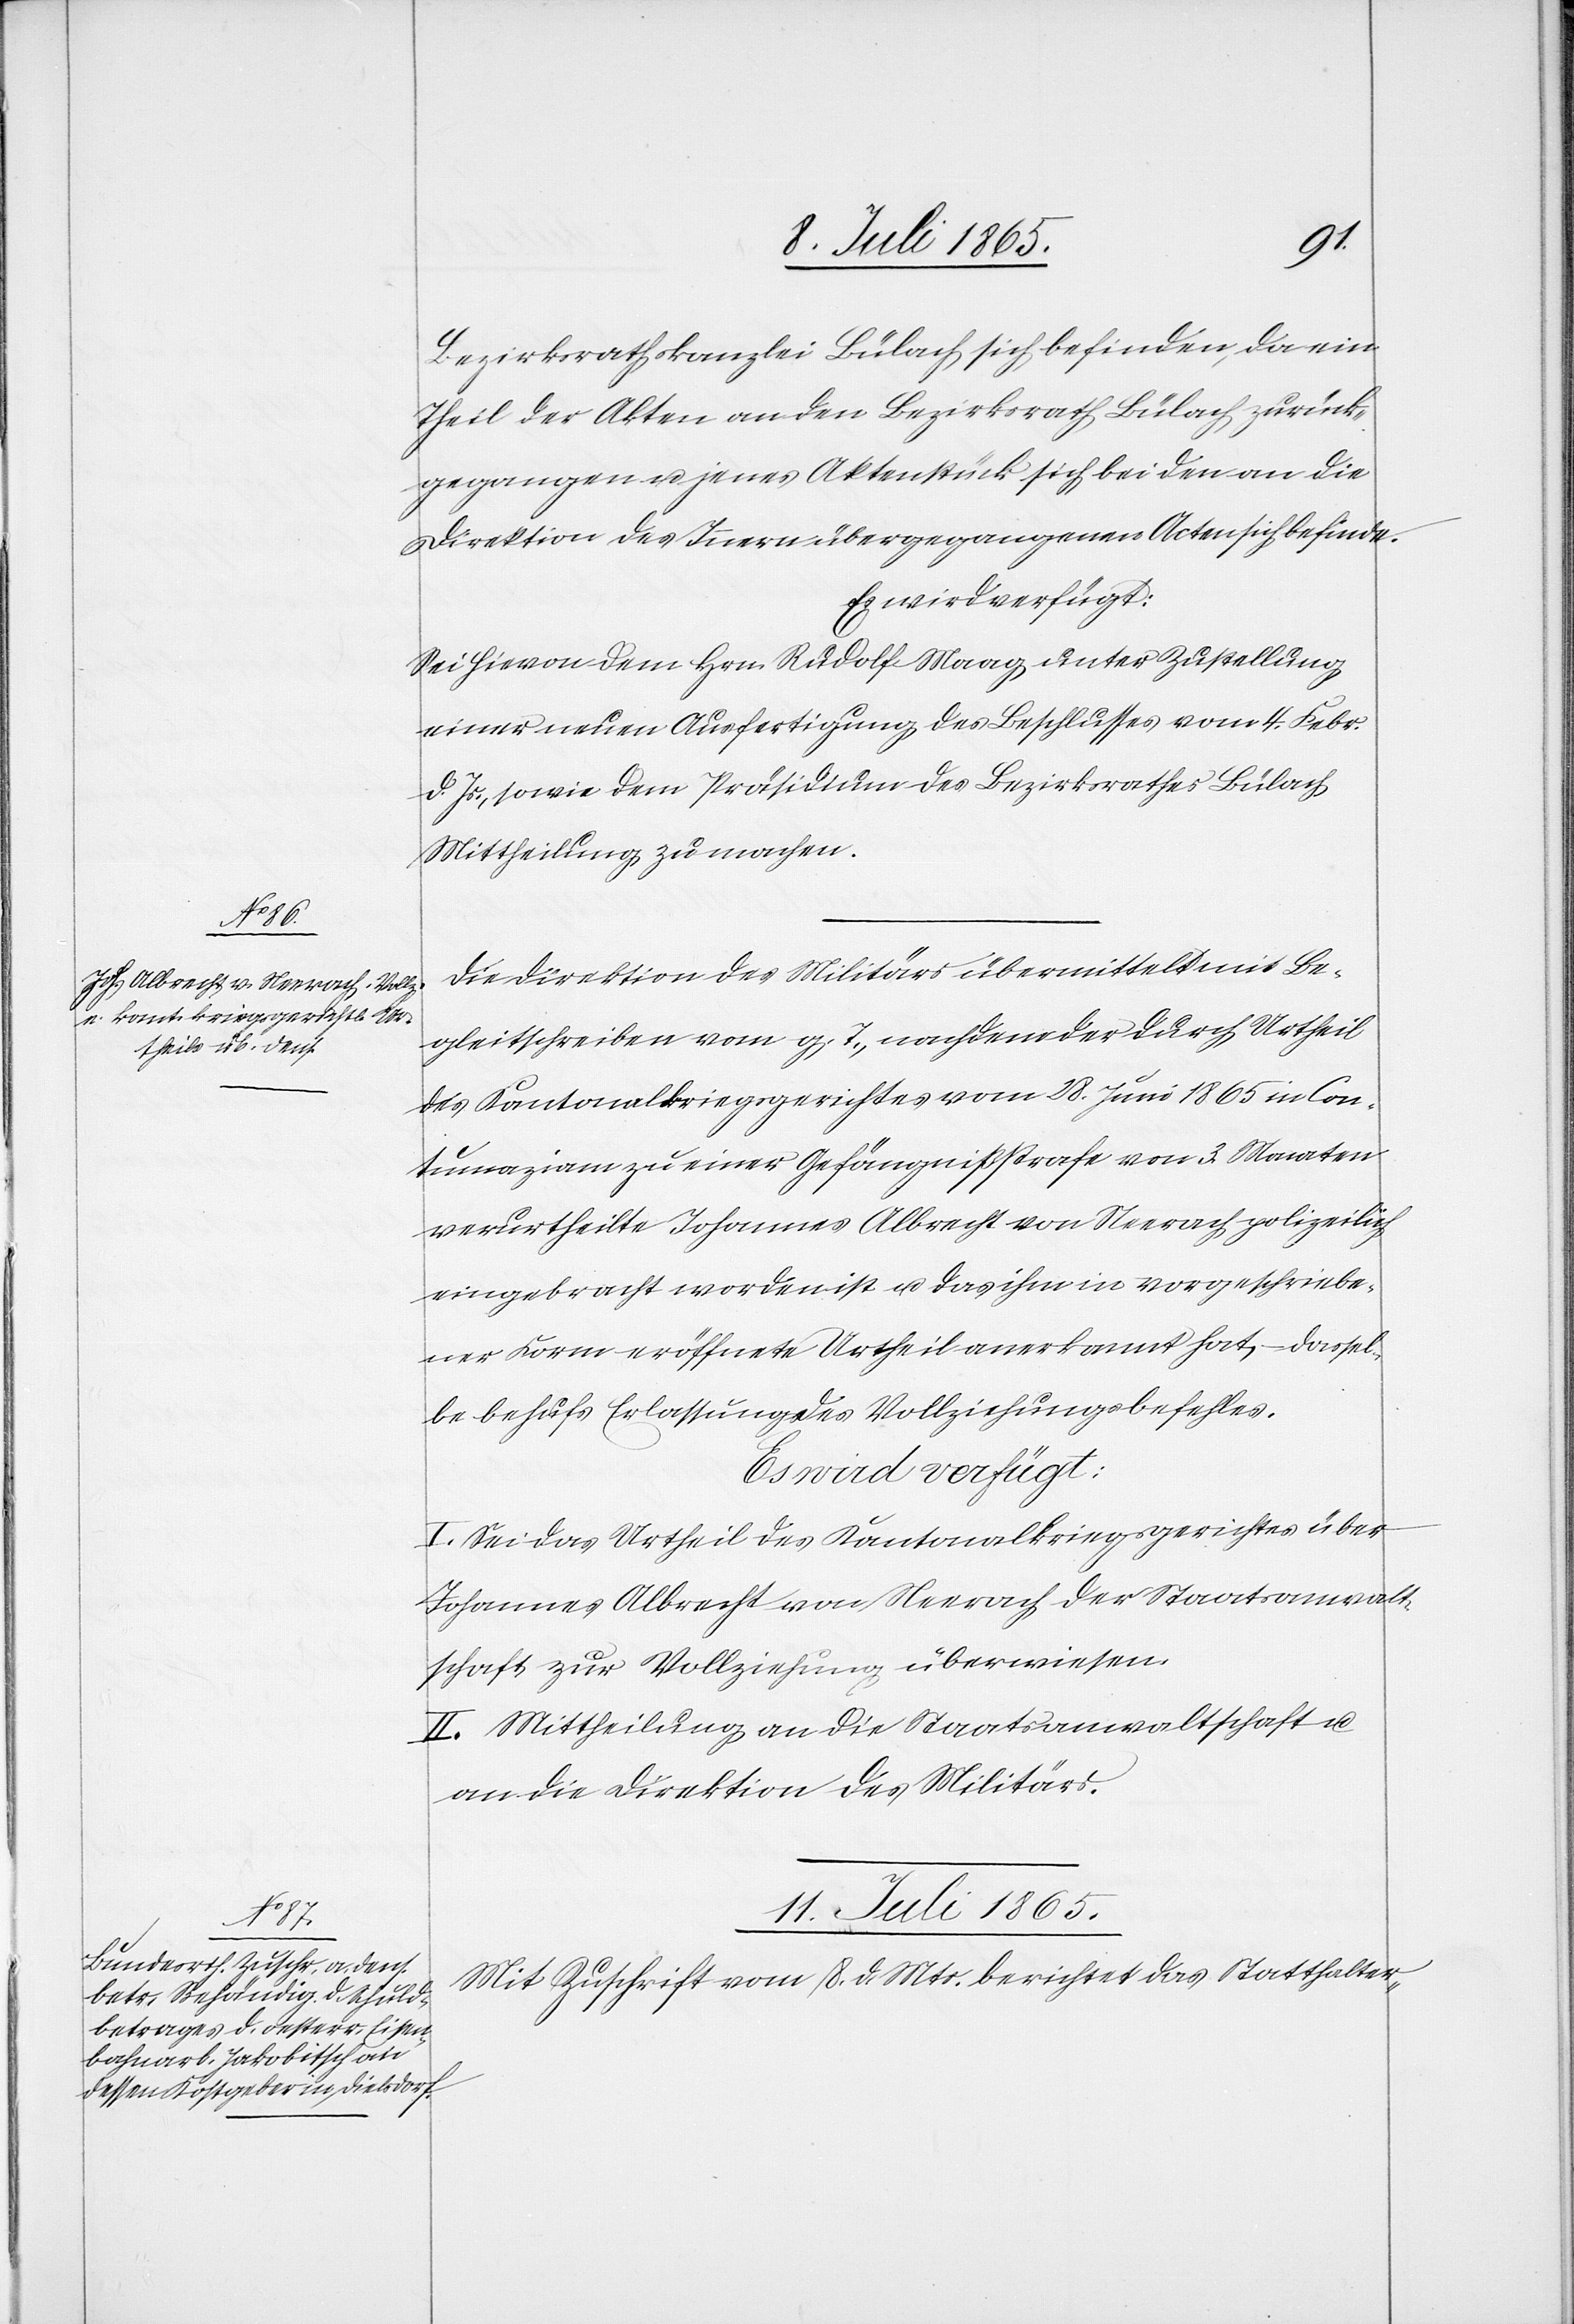
Bezirksrathskanzlei Bülach sich befinden, da ein
Theil der Akten an den Bezirksrath Bülach zurück¬
gegangen u. jenes Aktenstück sich bei den an die
Direktion des Innern übergegangenen Acten sich befinde.
Es wird verfügt:
Sei hievon dem Hrn. Rudolf Maag unter Zustellung
einer neuen Ausfertigung des Beschlusses vom 4. Febr.
d. Js., sowie dem Präsidium des Bezirksrathes Bülach
Mittheilung zu machen.
Die Direktion des Militärs übermittelt mit Be¬
gleitschreiben vom g. T., nachdem der durch Urtheil
des Kantonalkriegsgerichtes vom 28. Juni 1865 in Con¬
tumaziam zu einer Gefängnißstrafe von 3. Monaten
verurtheilte Johannes Albrecht von Neerach polizeilich
eingebracht worden ist u. das ihm in vorgeschriebe¬
ner Form eröffnete Urtheil anerkannt hat, dassel¬
be behufs Erlassung des Vollziehungsbefehles.
I. Sei das Urtheil des Kantonalkriegsgerichtes über
Johannes Albrecht von Neerach der Staatsanwalt¬
schaft zur Vollziehung überwiesen.
II. Mittheilung an die Staatsanwaltschaft u.
an die Direktion des Militärs.
11. Juli 1865.
Mit Zuschrift vom 8. d. Mts. berichtet das Statthalter-